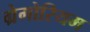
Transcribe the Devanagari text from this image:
ग्रेगोरियम